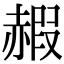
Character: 赮